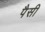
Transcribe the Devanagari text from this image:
पैसी